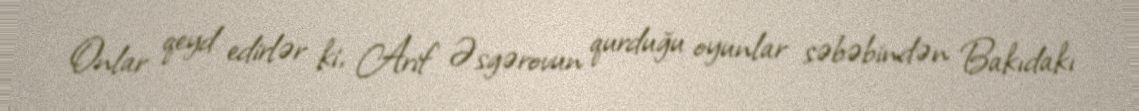
Onlar qeyd edirlər ki, Arif Əsgərovun qurduğu oyunlar səbəbindən Bakıdakı